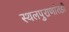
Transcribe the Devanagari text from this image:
स्थलपुराणांतही